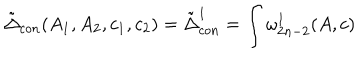
LaTeX: \tilde { \Delta } _ { c o n } ( A _ { 1 } , A _ { 2 } , c _ { 1 } , c _ { 2 } ) = \tilde { \Delta } _ { c o n } ^ { 1 } = \int \omega _ { 2 n - 2 } ^ { 1 } ( A , c )